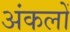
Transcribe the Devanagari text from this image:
अंकलों